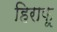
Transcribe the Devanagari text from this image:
हिराफ़ू